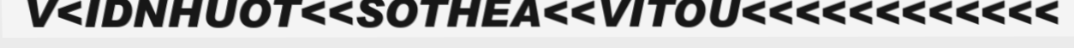
V<IDNHUOT<<SOTHEA<<VITOU<<<<<<<<<<<<